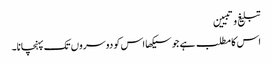
تبلیغ وتبیین
اس کا مطلب ہے جو سیکھا اس کو دوسروں تک پہنچانا۔